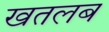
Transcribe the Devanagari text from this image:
खतलब